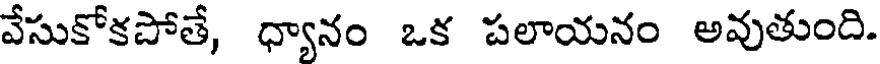
వేసుకోకపోతే, ధ్యానం ఒక పలాయనం అవుతుంది.